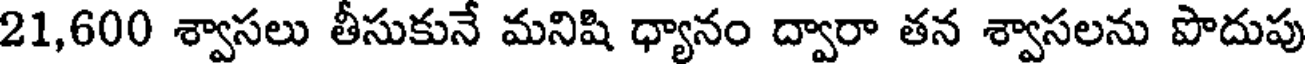
21,600 శ్వాసలు తీసుకునే మనిషి ధ్యానం ద్వారా తన శ్వాసలను పొదుపు